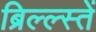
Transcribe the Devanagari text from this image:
ब्रिल्ल्स्तें